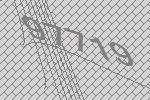
97719